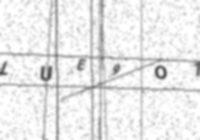
Text: LUE9O1O